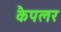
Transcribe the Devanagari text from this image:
कैपलर